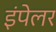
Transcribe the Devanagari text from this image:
इंपेलर